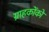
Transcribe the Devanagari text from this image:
ग्राहकोंको